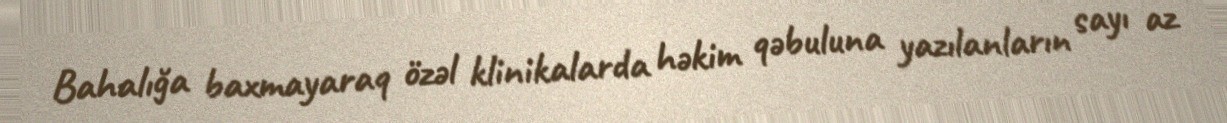
Bahalığa baxmayaraq özəl klinikalarda həkim qəbuluna yazılanların sayı az